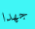
جهدا